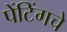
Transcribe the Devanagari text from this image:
पेंटिंगचे